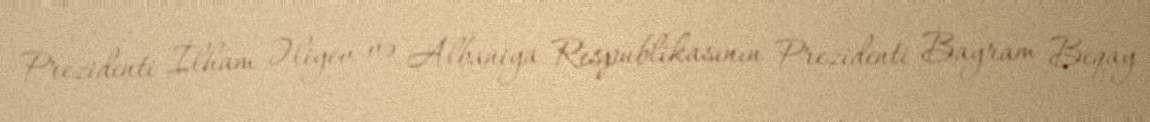
Prezidenti İlham Əliyev və Albaniya Respublikasının Prezidenti Bayram Beqay